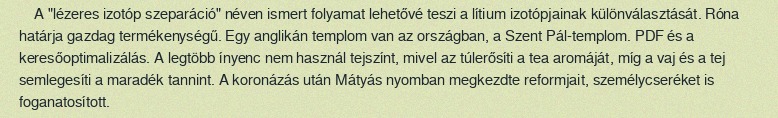
A "lézeres izotóp szeparáció" néven ismert folyamat lehetővé teszi a lítium izotópjainak különválasztását. Róna határja gazdag termékenységű. Egy anglikán templom van az országban, a Szent Pál-templom. PDF és a keresőoptimalizálás. A legtöbb ínyenc nem használ tejszínt, mivel az túlerősíti a tea aromáját, míg a vaj és a tej semlegesíti a maradék tannint. A koronázás után Mátyás nyomban megkezdte reformjait, személycseréket is foganatosított.